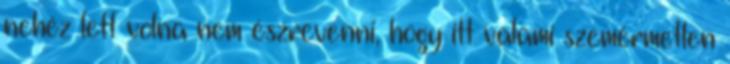
nehéz lett volna nem észrevenni, hogy itt valami szemérmetlen